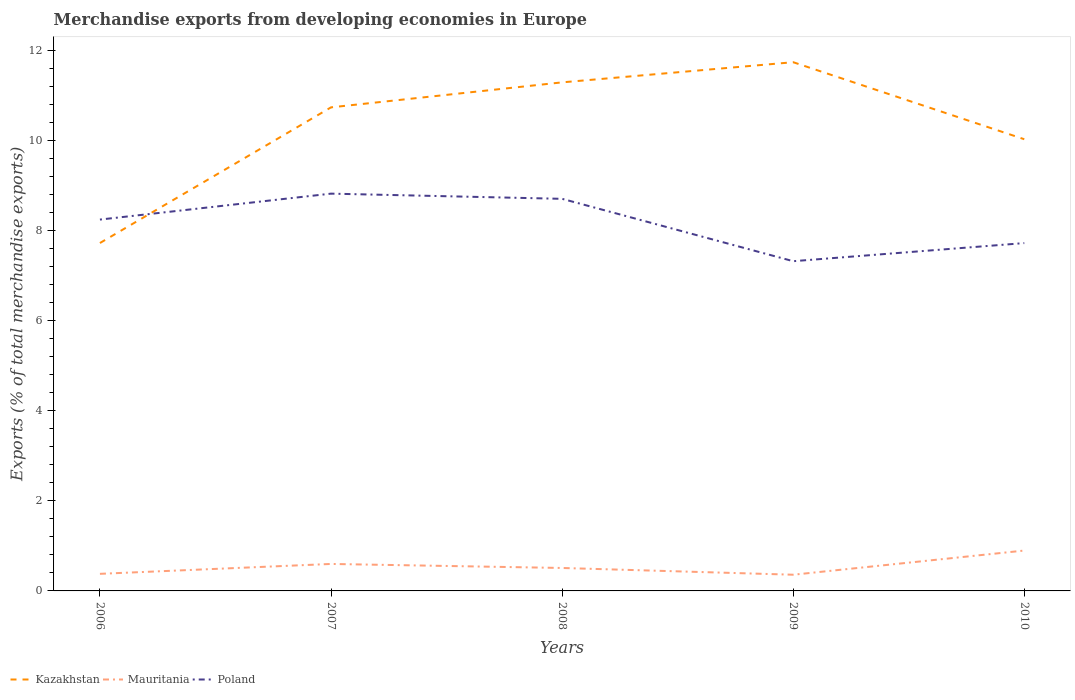
| Years | Kazakhstan | Mauritania | Poland |
 | --- | --- | --- | --- |
 | 2006 | 7.72 | 0.379 | 8.24 |
 | 2007 | 10.7 | 0.599 | 8.81 |
 | 2008 | 11.3 | 0.509 | 8.7 |
 | 2009 | 11.7 | 0.359 | 7.32 |
 | 2010 | 10 | 0.896 | 7.72 |